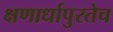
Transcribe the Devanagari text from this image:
क्षणार्धापुरतेच